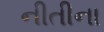
નીતીના